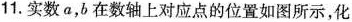
11.实数a，b在数轴上对应点的位置如图所示，化